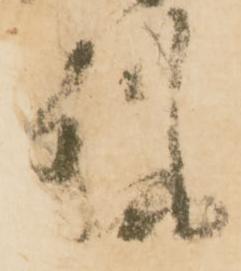
州